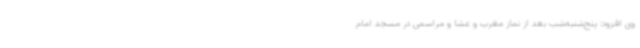
وی افزود: پنج‌شنبه‌شب بعد از نماز مغرب و عشا و مراسمی در مسجد امام